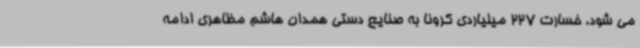
می شود. خسارت 227 میلیاردی کرونا به صنایع دستی همدان هاشم مظاهری ادامه